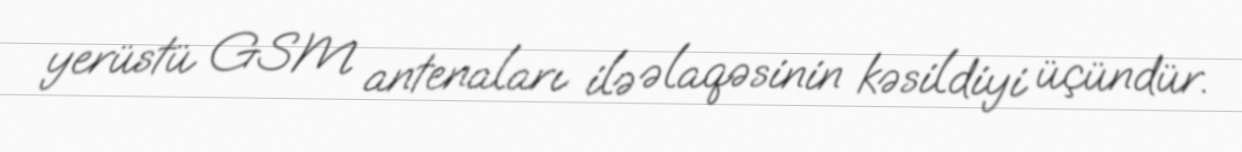
yerüstü GSM antenaları ilə əlaqəsinin kəsildiyi üçündür.